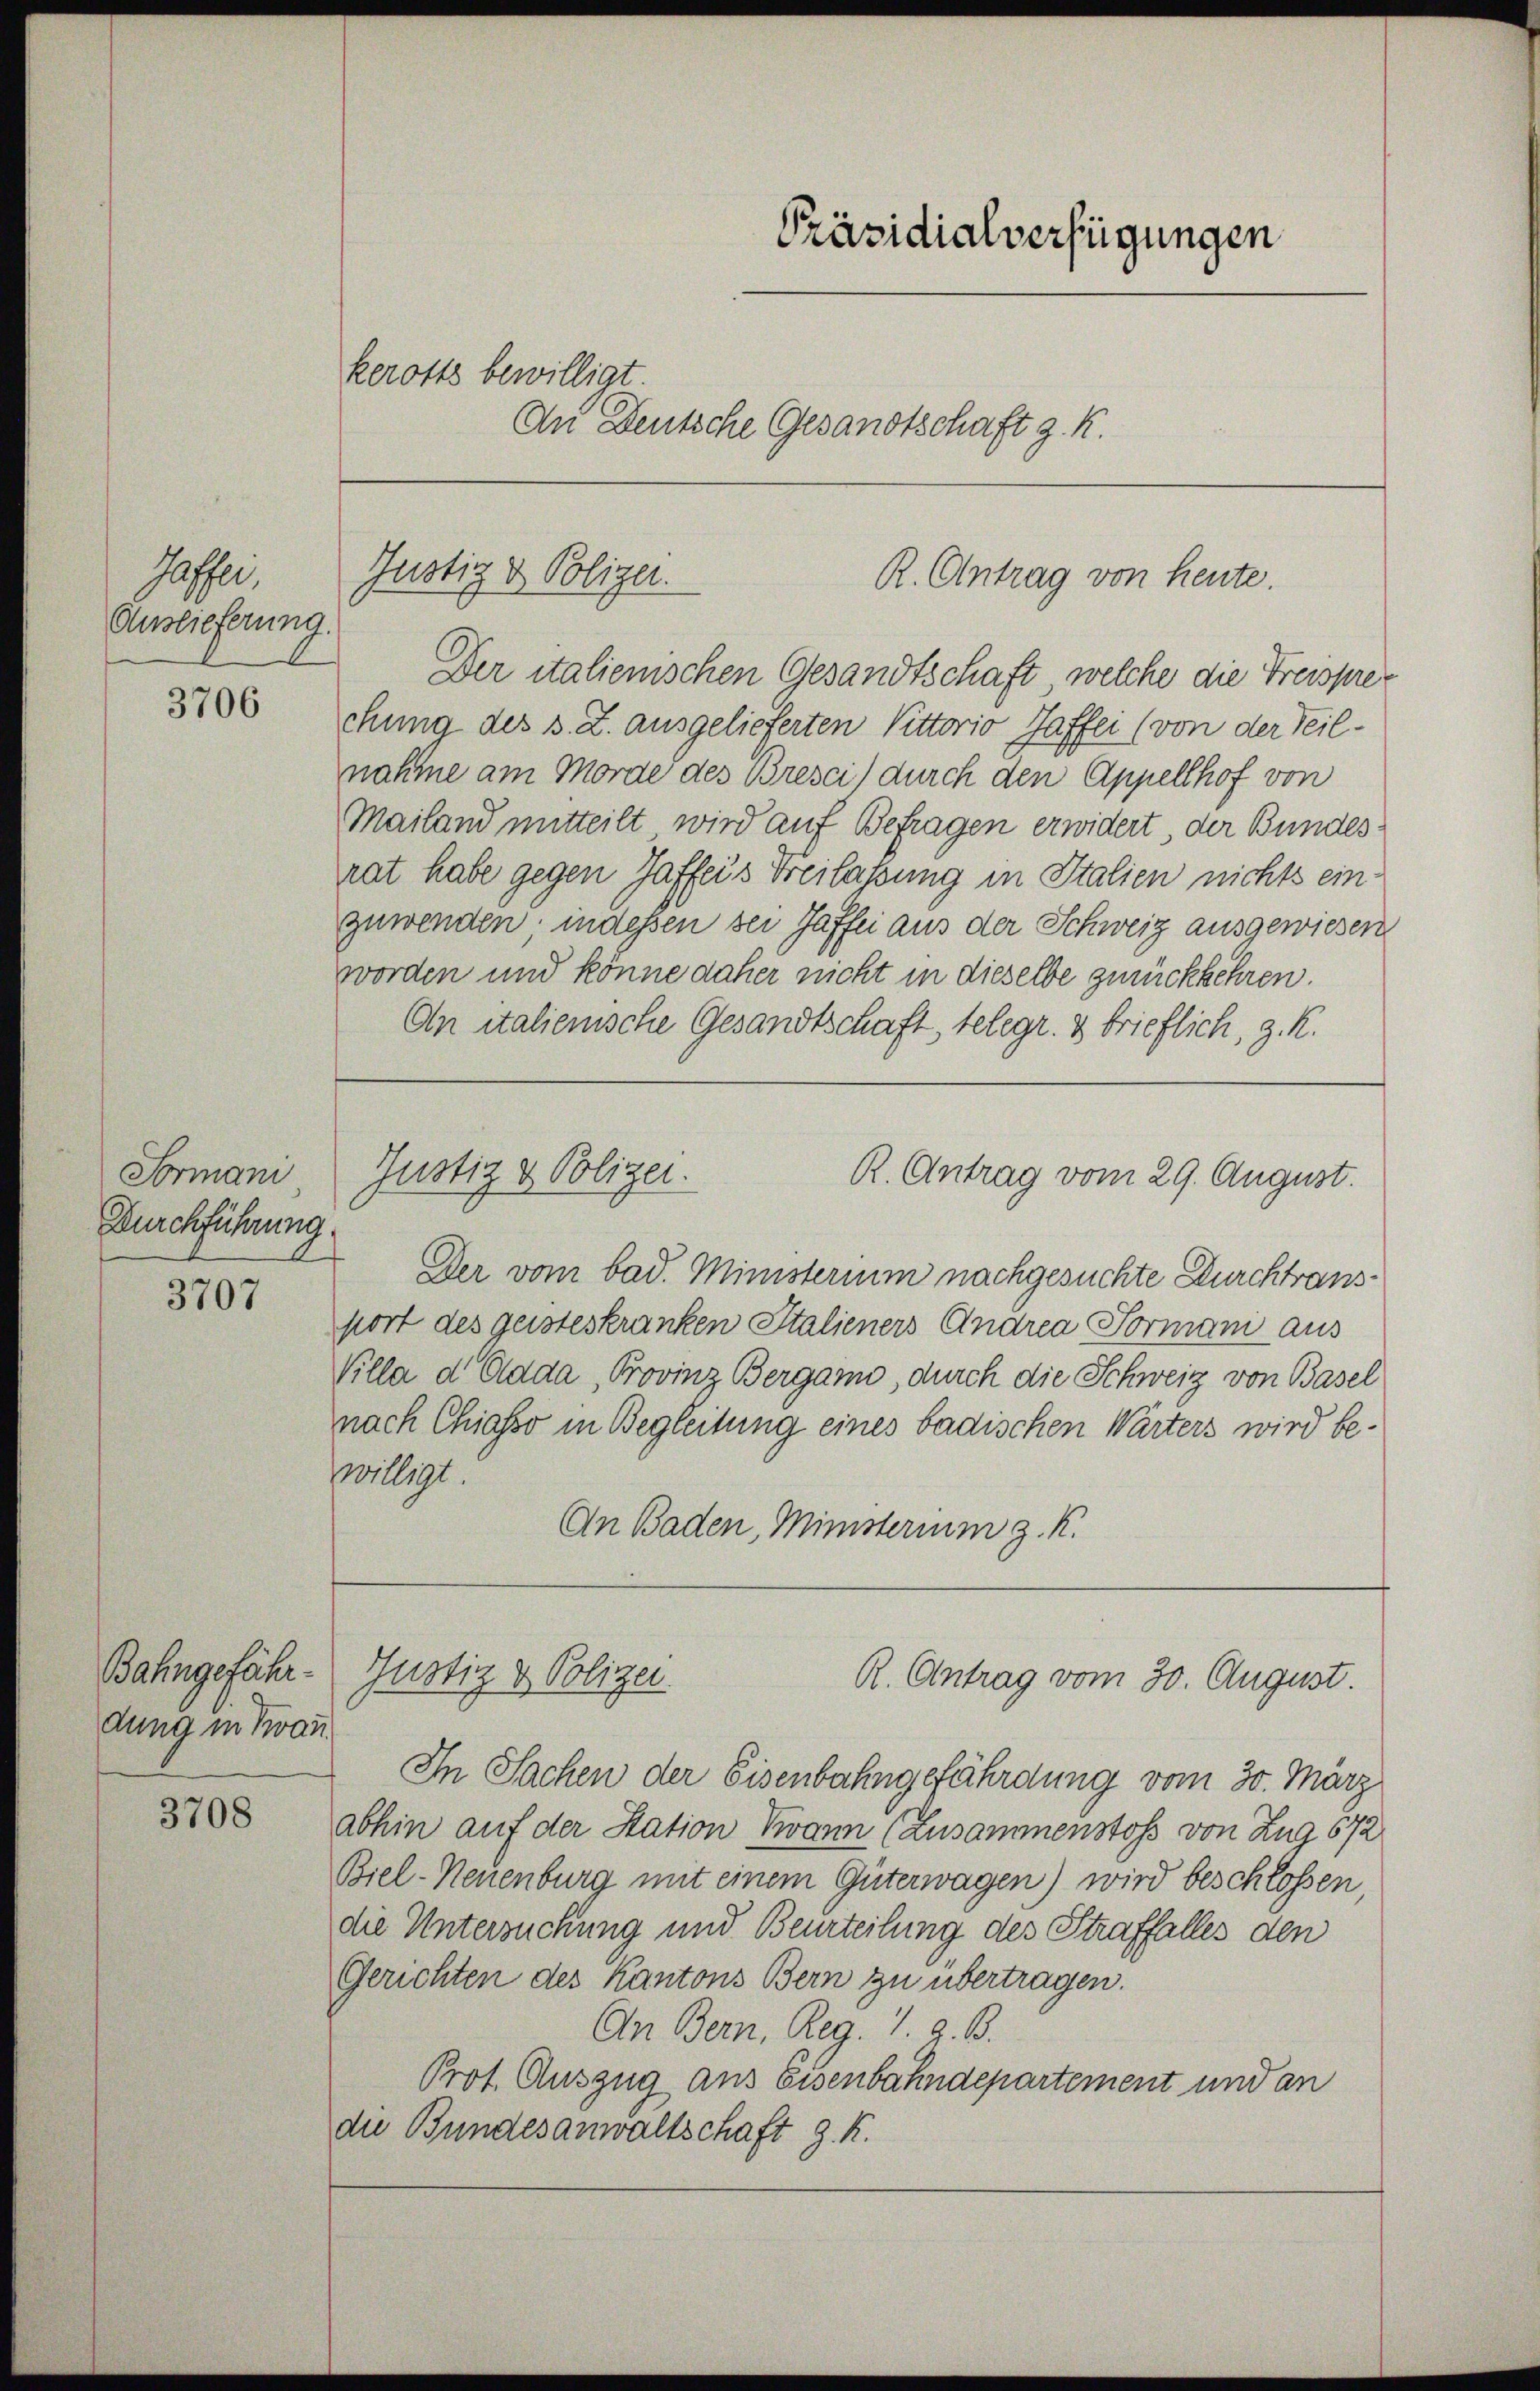
Jasser
Auslieferung.

3706

Formani
Durchführung.

3707

Bahngefährdung in Kran

3708

kerotts bewilligt.

Justiz & Polizei.

Präsidialverfügungen
An Deutsche Gesandtschaft z. K.

R. Antrag von heute.

Der italienischen Gesandtschaft, welche die Freisprechung des s. Z. ausgelieferten Vittorio Haffei (von der Teil-
nahme am Morde des Bresci) durch den Appellhof von
Mailand mitteilt wird auf Befragen erwidert der Bundes
rat habe gegen Jaffers Freilassung in Italien nichts einzuwenden, indessen bei Jaffei aus der Schweiz ausgewiesen
worden und könne daher nicht in dieselbe zurückkehren
An italienische Gesandtschaft, telegr. 2 brieflich, z. K.

Justiz & Polizei.
R. Antrag vom 29. August.

Der vom bad. Ministerium nachgesuchte Durchtransport des geisteskranken Italieners Andrea Formani aus
Villa de Cada, Provinz Bergano, durch die Schweiz von Basel
nach Chiasso in Begleitung eines badischen Wärters wird bezwilligt.
An Baden, Ministerium z. K.

In Sachen der Eisenbahngefährdung vom 30. März
abhin auf der Station Twann (Zusammenstoss von Zug 672
Biel-Neuenburg mit einem Güterwagen) wird beschlossen
die Untersuchung und Beurteilung des Straffalles den
Gerichten des Kantons Bern zu übertragen.
An Bern, Reg. I z. B.
Prof. Auszug aus Eisenbahndepartement und an
die Bundesanwaltschaft z. K.

Justiz & Polizei.
R. Antrag vom 30. August.